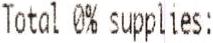
TOTAL 0% SUPPLIES: